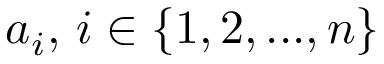
a _ { i } , \, i \in \{ 1 , 2 , . . . , n \}